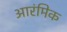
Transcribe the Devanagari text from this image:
आरंमिक